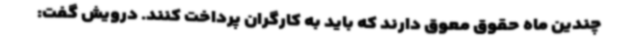
چندین ماه حقوق معوق دارند که باید به کارگران پرداخت کنند. درویش گفت: